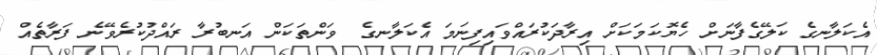
އެކަލާނގެ ކަލޭގެފާނަށް ހެޔޮކަމަކަށް އިރާދަކުރައްވައިފިނަމަ އެކަލާނގެ  ވަންތަކަން އަނބުރާ ރައްދުކުރެވޭނެ ފަރާތެއް